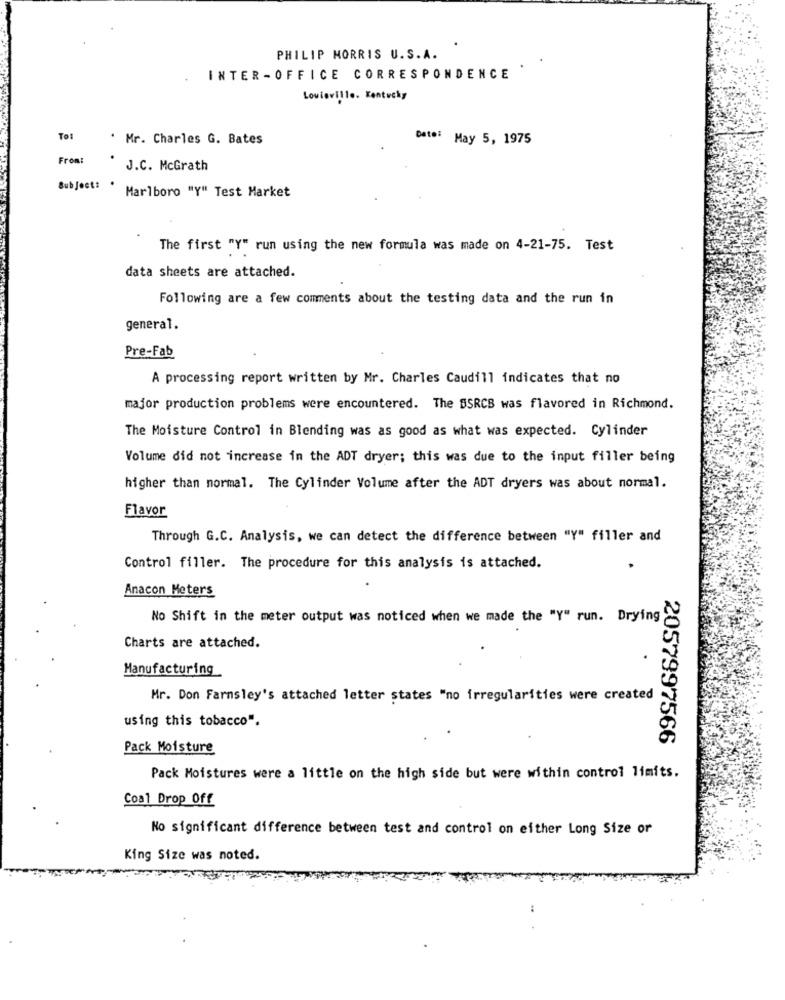
. .
PHILIP MORRIS U.S.A.
INTER-OFFICE CORRESPONDENCE
Louisville. Kentucky
To:
' Mr. Charles G. Bates
Date: May 5, 1975
From:
J.C. McGrath
Subject: .
Marlboro "Y" Test Market
The first "Y" run using the new formula was made on 4-21-75. Test
data sheets are attached.
Following are a few comments about the testing data and the run in
general.
Pre-Fab
A processing report written by Mr. Charles Caudill indicates that no
major production problems were encountered. The BSRCS was flavored in Richmond.
The Moisture Control in Blending was as good as what was expected. Cylinder
Volume did not increase in the ADT dryer; this was due to the input filler being
higher than normal. The Cylinder Volume after the ADT dryers was about normal.
Flavor
Through G.C. Analysis, we can detect the difference between "Y" filler and
Control filler. The procedure for this analysis is attached.
Anacon Meters
No Shift in the meter output was noticed when we made the "Y" run. Drying
Charts are attached.
Manufacturing
Mr. Don Farmsley's attached letter states "no irregularities were created
using this tobacco".
2057997566
Pack Moisture
Pack Moistures were a little on the high side but were within control limits.
Coal Drop Off
No significant difference between test and control on either Long Size or
King Size was noted.